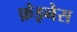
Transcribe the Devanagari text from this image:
फ़ेइनेस